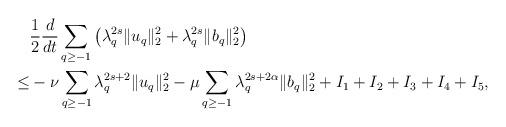
LaTeX: \begin{align*}&\frac12\frac{d}{dt}\sum_{q\geq -1}\left(\lambda_q^{2s}\|u_q\|_2^2+\lambda_q^{2s}\|b_q\|_2^2\right)\\\leq &-\nu\sum_{q\geq-1}\lambda_q^{2s+2}\|u_q\|_2^2-\mu\sum_{q\geq-1}\lambda_q^{2s+2\alpha}\|b_q\|_2^2+ I_1+I_2+I_3+I_4+I_5,\end{align*}